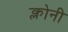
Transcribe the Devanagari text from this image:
क्लोनी